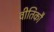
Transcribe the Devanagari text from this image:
वीतिकौ